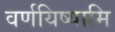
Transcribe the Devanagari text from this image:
वर्णयिष्यामि